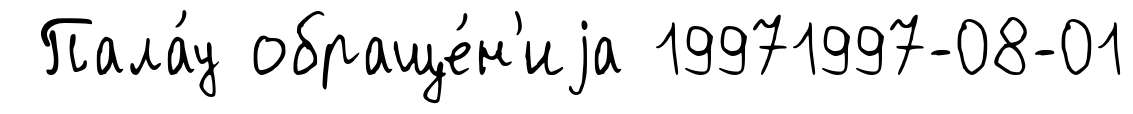
Пала́у обраще́н'иjа 19971997-08-01